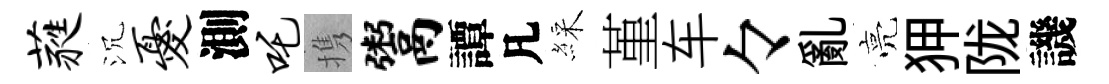
蕤沉忧測吒携鬻譚凡綵堇车々亂亮狎陇譏